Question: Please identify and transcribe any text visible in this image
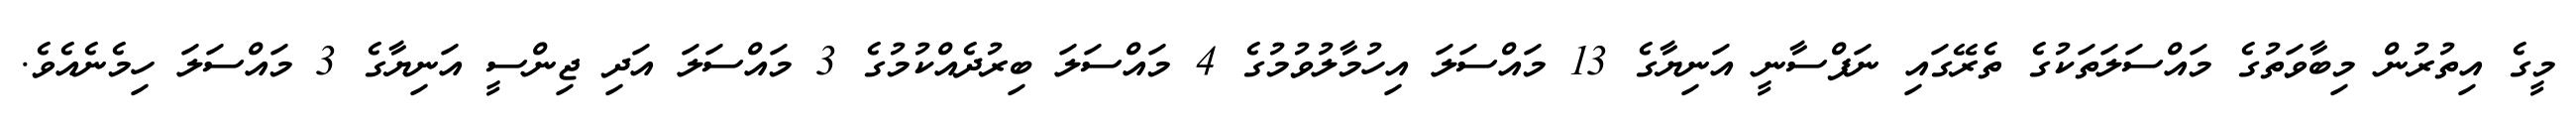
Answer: މީގެ އިތުރުން މިބާވަތުގެ މައްސަލަތަކުގެ ތެރޭގައި ނަފްސާނީ އަނިޔާގެ 13 މައްސަލަ އިހުމާލުވުމުގެ 4 މައްސަލަ ބިރުދެއްކުމުގެ 3 މައްސަލަ އަދި ޖިންސީ އަނިޔާގެ 3 މައްސަލަ ހިމެނެއެވެ.